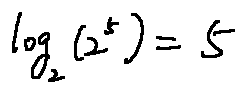
\log _ { 2 } ( 2 ^ { 5 } ) = 5